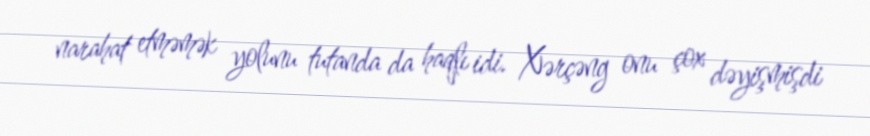
narahat etməmək yolunu tutanda da haqlı idi. Xərçəng onu çox dəyişmişdi